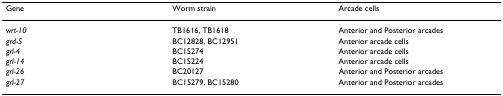
<table><thead><tr><td><b>Gene</b></td><td><b>Worm strain</b></td><td><b>Arcade cells</b></td></tr></thead><tbody><tr><td><i>wrt-10</i></td><td>TB1616, TB1618</td><td>Anterior and Posterior arcades</td></tr><tr><td><i>grd-5</i></td><td>BC12828, BC12951</td><td>Anterior arcade cells</td></tr><tr><td><i>grl-4</i></td><td>BC15274</td><td>Anterior arcade cells</td></tr><tr><td><i>grl-14</i></td><td>BC15224</td><td>Anterior arcade cells</td></tr><tr><td><i>grl-26</i></td><td>BC20127</td><td>Anterior and Posterior arcades</td></tr><tr><td><i>grl-27</i></td><td>BC15279, BC15280</td><td>Anterior and Posterior arcades</td></tr></tbody></table>